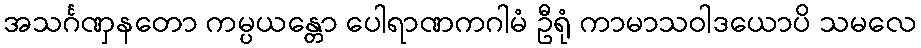
အသင်္ဂဏှနတော ကမ္ပယန္တော ပေါရာဏကဂါမံ ဦရုံ ကာမာသဝါဒယောပိ သမလေ